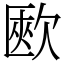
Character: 㰼